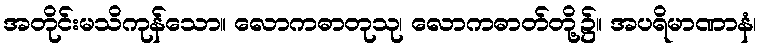
အတိုင်းမသိကုန်သော။ လောကဓာတုသု၊ လောကဓာတ်တို့၌။ အပရိမာဏာနံ၊